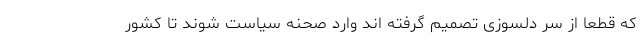
که قطعا از سر دلسوزی تصمیم گرفته اند وارد صحنه سیاست شوند تا کشور